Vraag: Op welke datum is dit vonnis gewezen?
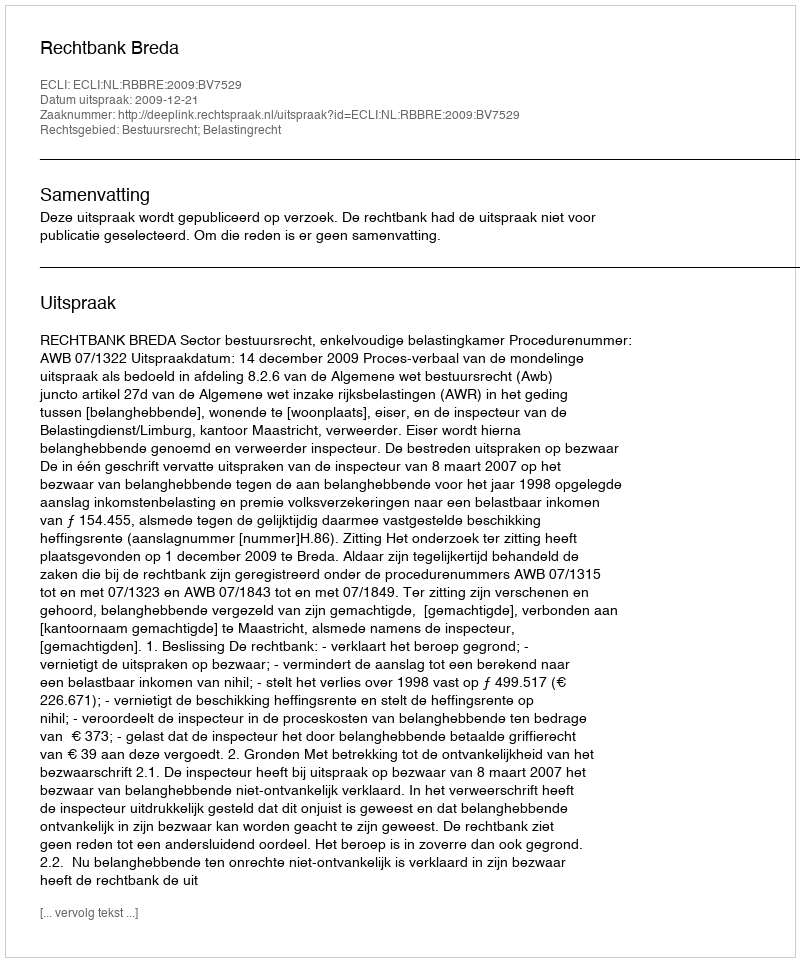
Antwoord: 2009-12-21